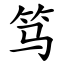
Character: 笃